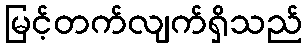
မြင့်တက်လျက်ရှိသည်